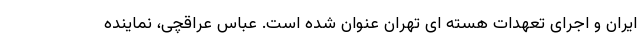
ایران و اجرای تعهدات هسته ای تهران عنوان شده است. عباس عراقچی، نماینده